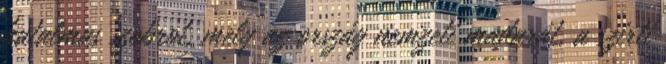
hatalmas szobrot, mely az ország nemzeti madarát, a szirti